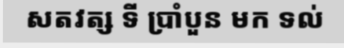
សតវត្ស ទី ប្រាំបួន មក ទល់